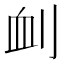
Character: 𠜄